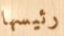
رئيسها